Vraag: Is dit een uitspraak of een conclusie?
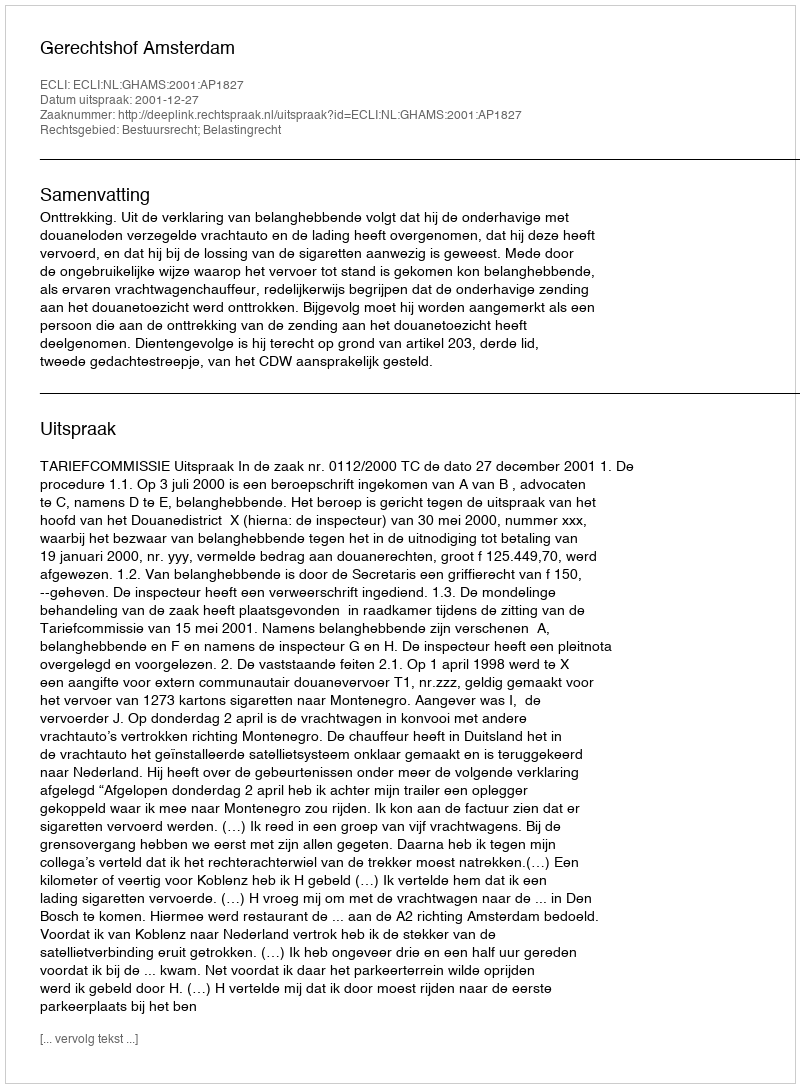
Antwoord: Uitspraak